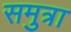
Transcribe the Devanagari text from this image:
समुत्रा